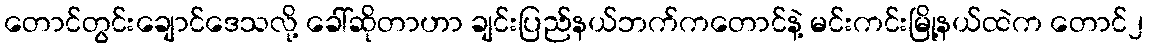
တောင်တွင်းချောင်ဒေသလို့ ခေါ်ဆိုတာဟာ ချင်းပြည်နယ်ဘက်ကတောင်နဲ့ မင်းကင်းမြို့နယ်ထဲက တောင်၂